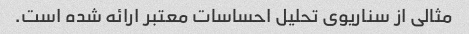
مثالی از سناریوی تحلیل احساسات معتبر ارائه شده است.